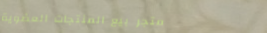
متجر بيع المنتجات العضوية